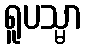
ရူပသ္မာ